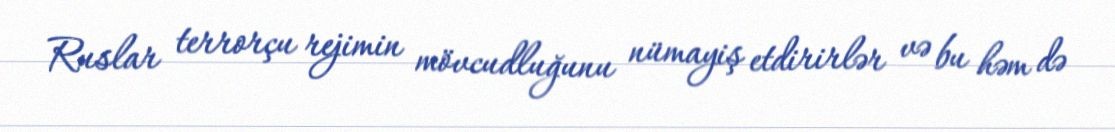
Ruslar terrorçu rejimin mövcudluğunu nümayiş etdirirlər və bu həm də